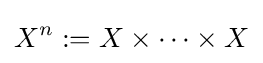
X^{n}:=X\times \cdots \times X